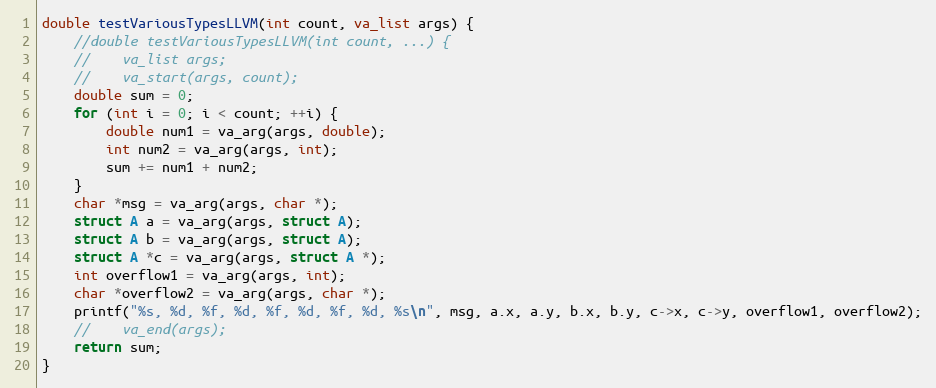
Language: C
double testVariousTypesLLVM(int count, va_list args) {
    //double testVariousTypesLLVM(int count, ...) {
    //    va_list args;
    //    va_start(args, count);
    double sum = 0;
    for (int i = 0; i < count; ++i) {
        double num1 = va_arg(args, double);
        int num2 = va_arg(args, int);
        sum += num1 + num2;
    }
    char *msg = va_arg(args, char *);
    struct A a = va_arg(args, struct A);
    struct A b = va_arg(args, struct A);
    struct A *c = va_arg(args, struct A *);
    int overflow1 = va_arg(args, int);
    char *overflow2 = va_arg(args, char *);
    printf("%s, %d, %f, %d, %f, %d, %f, %d, %s\n", msg, a.x, a.y, b.x, b.y, c->x, c->y, overflow1, overflow2);
    //    va_end(args);
    return sum;
}